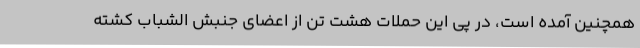
همچنین آمده است، در پی این حملات هشت تن از اعضای جنبش الشباب کشته